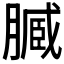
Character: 𱼔